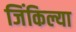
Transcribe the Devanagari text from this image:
जिंकिल्या